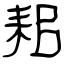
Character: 耜